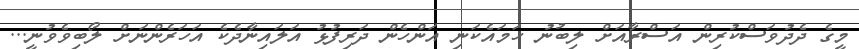
މީގެ ދެދުވަސްކުރިން އަސްރާއަށް ލިބުނު ހަމައެކަނި އަންހެން ދަރިފުޅު އަލައިނާދެކެ އަހަރެންނަށް ލޯބިވެވުނީ...